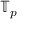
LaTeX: \mathbb { T } _ { p }